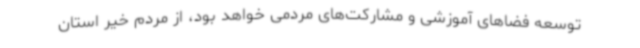
توسعه فضاهای آموزشی و مشارکت‌های مردمی خواهد بود، از مردم خیر استان